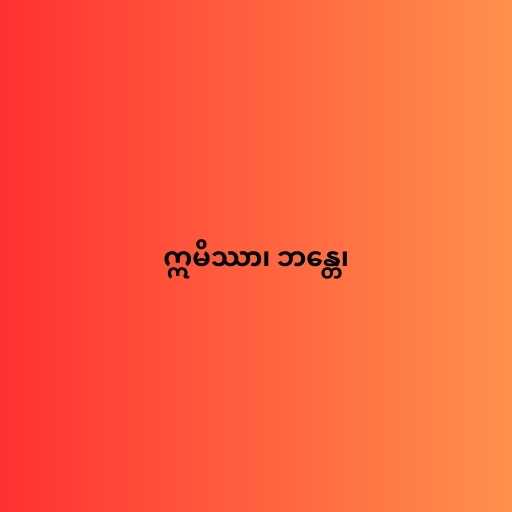
ဣမိဿာ၊ ဘန္တေ၊